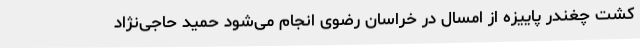
کشت چغندر پاییزه از امسال در خراسان رضوی انجام می‌شود حمید حاجی‌نژاد